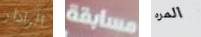
الرادار مسابقة المره